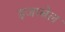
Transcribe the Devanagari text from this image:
इजाबेल